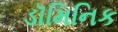
ડૉમિનિક